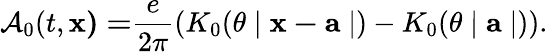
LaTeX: \mathcal{A}_{0}(t,\mathbf{x)=}\frac{e}{2\pi}\left(K_{0}(\theta\mid\mathbf{x-a}\mid)-K_{0}(\theta\mid\mathbf{a}\mid)\right).